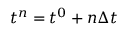
t ^ { n } = t ^ { 0 } + n \Delta t